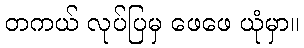
တကယ် လုပ်ပြမှ ဖေဖေ ယုံမှာ။